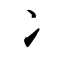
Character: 冫